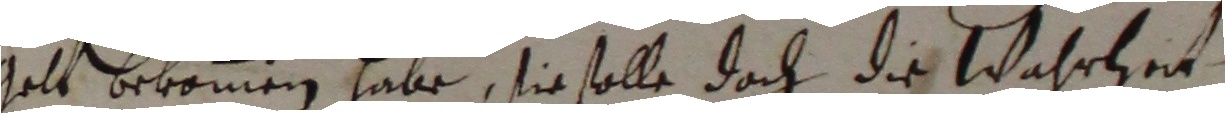
galt bekomen habe, sie solle dat die wahrhzeit